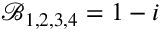
\mathcal { B } _ { 1 , 2 , 3 , 4 } = 1 - i